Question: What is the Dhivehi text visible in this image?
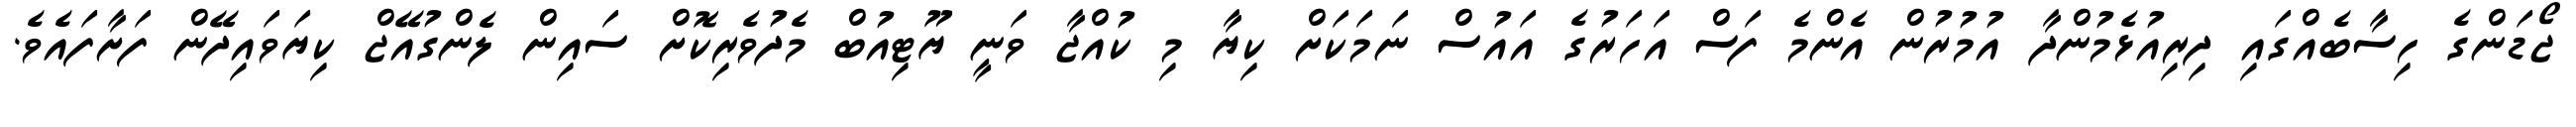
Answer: ޖޯޑަންގެ ހިސާބެއްގައި ދިރިއުޅެމުންދާ އުމުރުން އެންމެ ފަސް އަހަރުގެ އައުސް ނަމަކަށް ކިޔާ މި ކުއްޖާ ވަނީ ޔޫޓިއުބް މެދުވެރިކޮށް ސައިން ލެންގުއޭޖް ކިޔަވައިދޭން ފަށާފައެވެ.